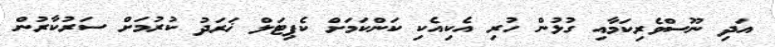
އަދި ނޫސްވެރިކަމާއި ގުޅުން ހުރި އެކިއެކި ކަންކަމަށް ކެޕިޓަލް ޚަރަދު ކުރުމަށް ސަރުކާރުން